Insane asylums in Bengal annual reports 1867-1875 - 1867-1875
Year: 1867
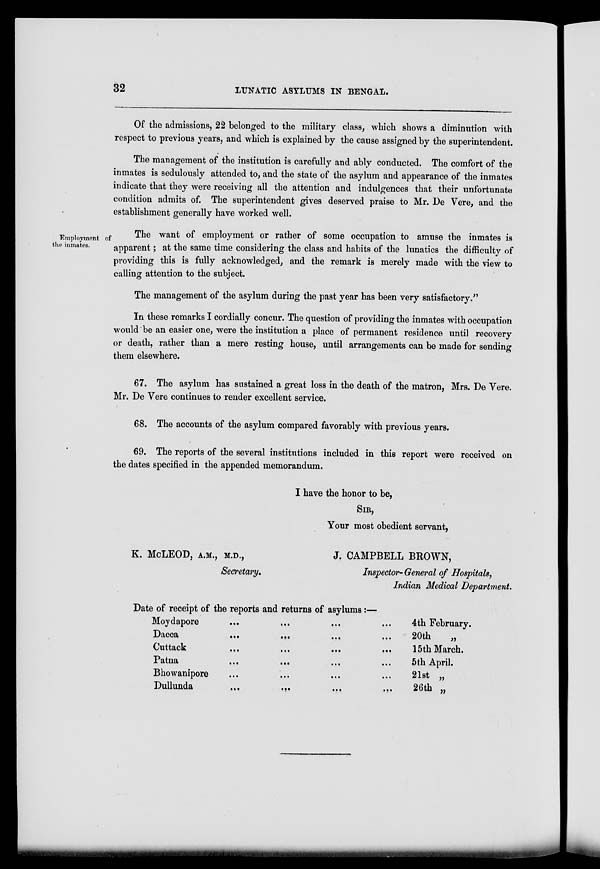
32
LUNATIC ASYLUMS IN BENGAL.
Of the admissions, 22 belonged to the military class, which shows a diminution with
respect to previous years, and which is explained by the cause assigned by the superintendent.
The management of the institution is carefully and ably conducted. The comfort of the
inmates is sedulously attended to, and the state of the asylum and appearance of the inmates
indicate that they were receiving all the attention and indulgences that their unfortunate
condition admits of. The superintendent gives deserved praise to Mr. De Vere, and the
establishment generally have worked well.
Employment of
the inmates.
The want of employment or rather of some occupation to amuse the inmates is
apparent; at the same time considering the class and habits of the lunatics the difficulty of
providing this is fully acknowledged, and the remark is merely made with the view to
calling attention to the subject.
The management of the asylum during the past year has been very satisfactory."
In these remarks I cordially concur. The question of providing the inmates with occupation
would be an easier one, were the institution a place of permanent residence until recovery
or death, rather than a mere resting house, until arrangements can be made for sending
them elsewhere.
67. The asylum has sustained a great loss in the death of the matron, Mrs. De Vere.
Mr. De Vere continues to render excellent service.
68. The accounts of the asylum compared favorably with previous years.
69. The reports of the several institutions included in this report were received on
the dates specified in the appended memorandum.
I have the honor to be,
SIR,
Your most obedient servant,
K. McLEOD, A.M., M.D.,
Secretary.
J. CAMPBELL BROWN,
Inspector-General of Hospitals,
Indian Medical Department.
Date of receipt of the reports and returns of asylums:—
Moydapore ... ... ... ...
Dacca
...
...
...
...
Cuttack ... ... ... ...
Patna
...
...
...
...
Bhowanipore ... ... ... ...
Dullunda
...
...
...
...
4th February.
20th
„
15th March.
5th April.
21st „
26th „